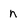
Character: n